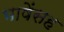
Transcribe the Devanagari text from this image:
भाषेंसह